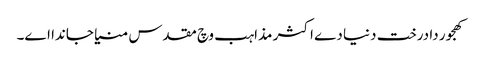
کھجور دا درخت دنیا دے اکثر مذاہب وچ مقدس منیا جاندا ا‏‏ے۔